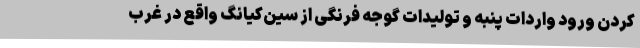
کردن ورود واردات پنبه و تولیدات گوجه فرنگی از سین‌کیانگ واقع در غرب